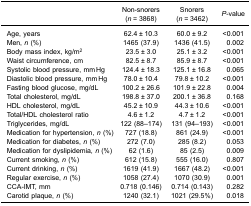
|  | Non-snorers(n = 3868) | Snorers(n = 3462) | P-value |
 | --- | --- | --- | --- |
 | Age, years | 62.4 ± 10.3 | 60.0 ± 9.2 | <0.001 |
 | Men, n (%) | 1465 (37.9) | 1436 (41.5) | 0.002 |
 | Body mass index, kg/m2 | 23.5 ± 3.0 | 25.1 ± 3.2 | <0.001 |
 | Waist circumference, cm | 82.5 ± 8.7 | 85.9 ± 8.7 | <0.001 |
 | Systolic blood pressure, mm Hg | 124.4 ± 18.3 | 125.1 ± 16.8 | 0.065 |
 | Diastolic blood pressure, mm Hg | 78.0 ± 10.4 | 79.8 ± 10.2 | <0.001 |
 | Fasting blood glucose, mg/dL | 100.2 ± 26.6 | 101.9 ± 22.8 | 0.004 |
 | Total cholesterol, mg/dL | 198.8 ± 37.0 | 200.1 ± 36.8 | 0.168 |
 | HDL cholesterol, mg/dL | 45.2 ± 10.9 | 44.3 ± 10.6 | <0.001 |
 | Total/HDL cholesterol ratio | 4.6 ± 1.2 | 4.7 ± 1.2 | <0.001 |
 | Triglycerides, mg/dL | 122 (88–174) | 131 (94–193) | <0.001 |
 | Medication for hypertension, n (%) | 727 (18.8) | 861 (24.9) | <0.001 |
 | Medication for diabetes, n (%) | 272 (7.0) | 285 (8.2) | 0.053 |
 | Medication for dyslipidemia, n (%) | 62 (1.6) | 85 (2.5) | 0.009 |
 | Current smoking, n (%) | 612 (15.8) | 555 (16.0) | 0.807 |
 | Current drinking, n (%) | 1619 (41.9) | 1667 (48.2) | <0.001 |
 | Regular exercise, n (%) | 1058 (27.4) | 1070 (30.9) | 0.001 |
 | CCA-IMT, mm | 0.718 (0.146) | 0.714 (0.143) | 0.282 |
 | Carotid plaque, n (%) | 1240 (32.1) | 1021 (29.5%) | 0.018 |